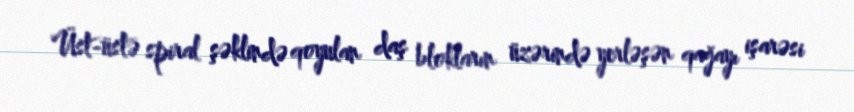
Üst-üstə spiral şəklində qoyulan daş blokların üzərində yerləşən qağayı işarəsi